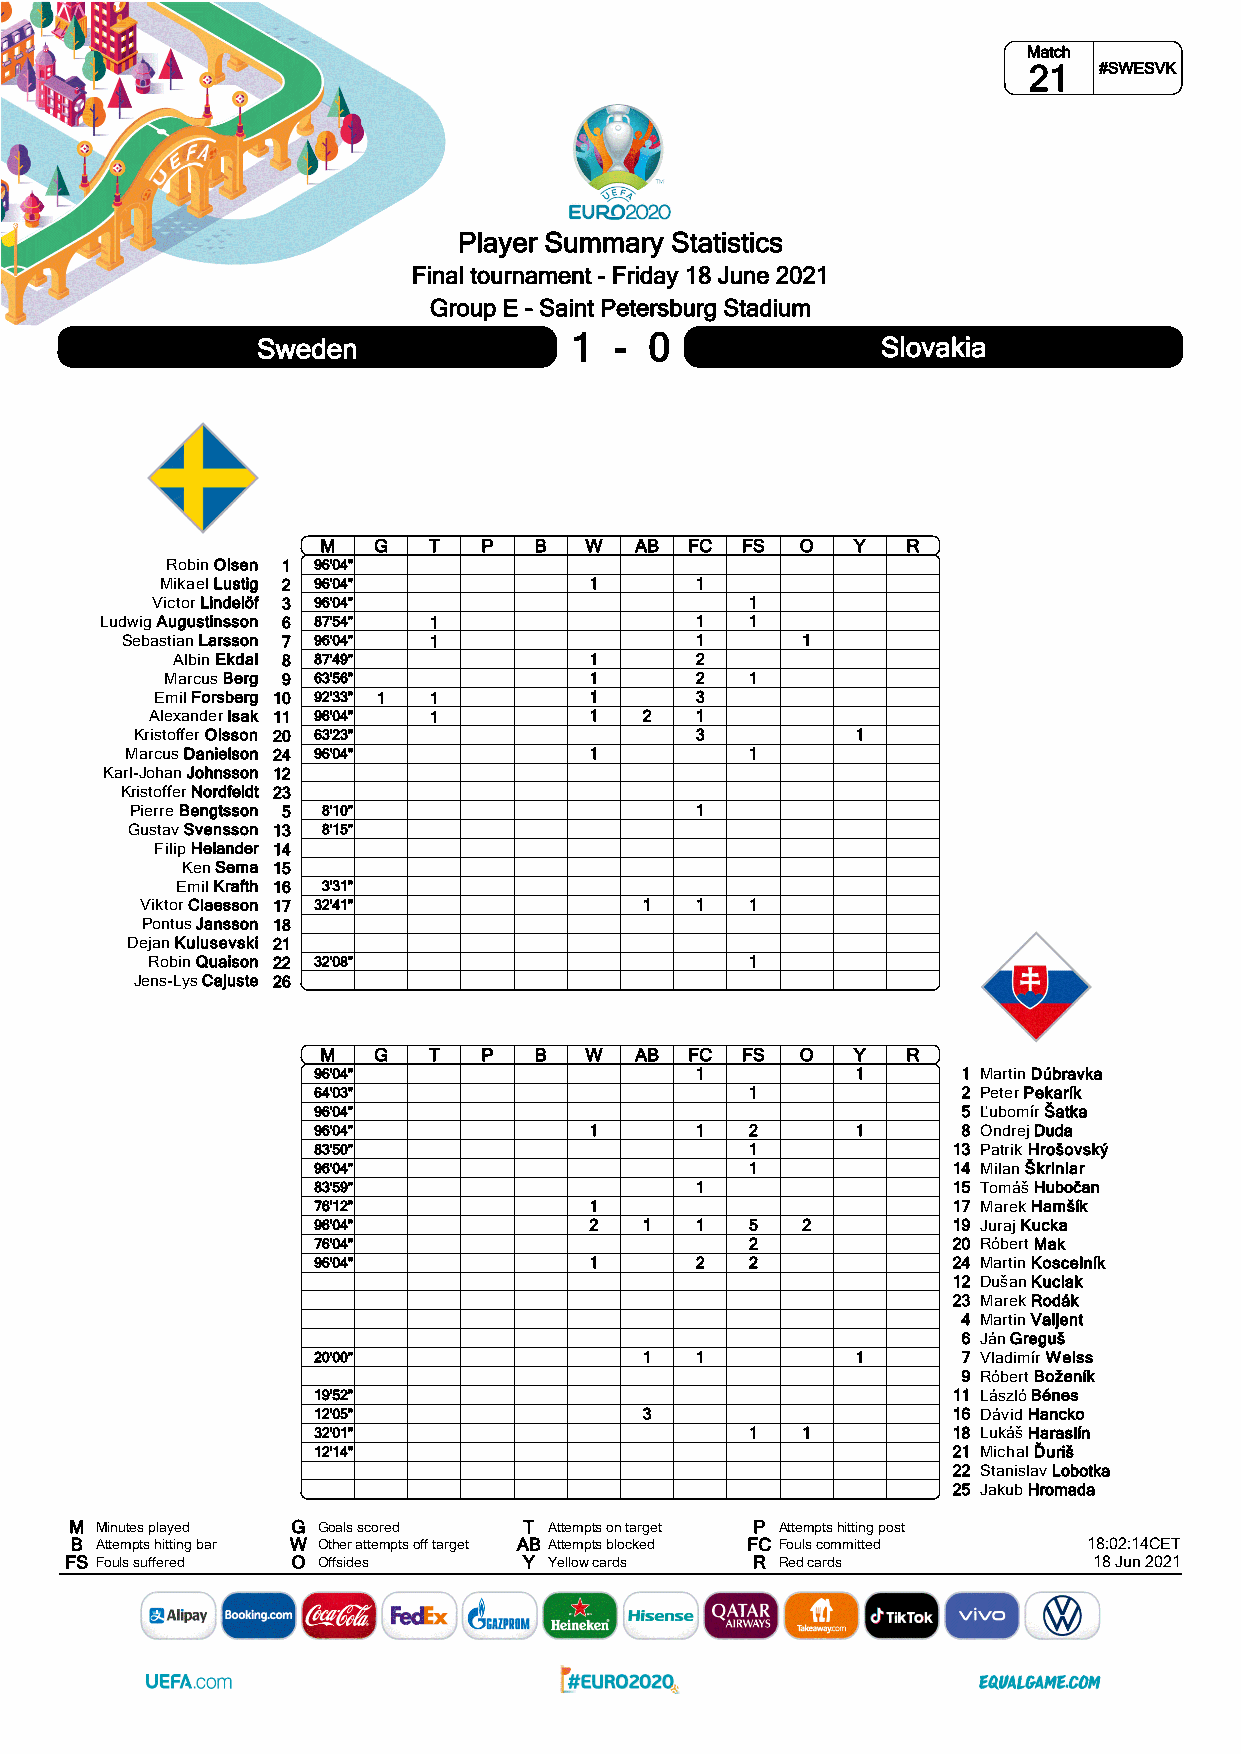
Match
 21   #SWESVK
 Player Summary Statistics
 Final tournament - Friday 18 June 2021
 Group E - Saint Petersburg Stadium
 Sweden               1  - 0              Slovakia
 M   G  T   P  B   W  AB  FC FS  O  Y   R
 Robin Olsen 1 96'04"
 Mikael Lustig 2 96'04"      1      1
 Victor Lindelöf 3 96'04"                1
 Ludwig Augustinsson 6 87'54" 1         1   1
 Sebastian Larsson 7 96'04" 1          1      1
 Albin Ekdal 8 87'49"        1      2
 Marcus Berg 9 63'56"        1      2   1
 Emil Forsberg 10 92'33" 1 1  1      3
 Alexander Isak 11 96'04" 1   1   2  1
 Kristoffer Olsson 20 63'23"          3          1
 Marcus Danielson 24 96'04"     1          1
 Karl-Johan Johnsson 12
 Kristoffer Nordfeldt 23
 Pierre Bengtsson 5 8'10"             1
 Gustav Svensson 13 8'15"
 Filip Helander 14
 Ken Sema 15
 Emil Krafth 16 3'31"
 Viktor Claesson 17 32'41"         1  1   1
 Pontus Jansson 18
 Dejan Kulusevski 21
 Robin Quaison 22 32'08"                 1
 Jens-Lys Cajuste 26
 M   G  T   P  B   W  AB  FC FS  O  Y   R
 96'04"                   1          1      1 Martin Dúbravka
 64'03"                       1             2 Peter Pekarík
 96'04"                                     5 Ľubomír Šatka
 96'04"            1      1   2      1      8 Ondrej Duda
 83'50"                       1            13 Patrik Hrošovský
 96'04"                       1            14 Milan Škriniar
 83'59"                   1                15 Tomáš Hubočan
 76'12"            1                       17 Marek Hamšík
 96'04"            2   1  1   5  2         19 Juraj Kucka
 76'04"                       2            20 Róbert Mak
 96'04"            1      2   2            24 Martin Koscelník
 12 Dušan Kuciak
 23 Marek Rodák
 4 Martin Valjent
 6 Ján Greguš
 20'00"                1  1          1      7 Vladimír Weiss
 9 Róbert Boženík
 19'52"                                    11 László Bénes
 12'05"                3                   16 Dávid Hancko
 32'01"                       1  1         18 Lukáš Haraslín
 12'14"                                    21 Michal Ďuriš
 22 Stanislav Lobotka
 25 Jakub Hromada
 M Minutes played G Goals scored T Attempts on target P Attempts hitting post
 B Attempts hitting bar W Other attempts off target AB Attempts blocked FC Fouls committed 18:02:14CET
 FS Fouls suffered O Offsides   Y Yellow cards R Red cards           18 Jun 2021